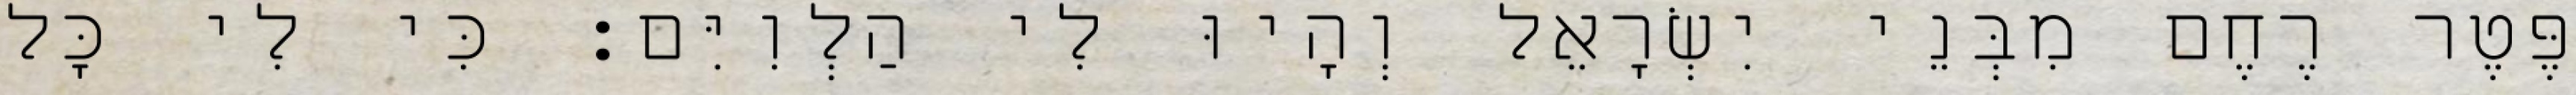
פֶּטֶר רֶחֶם מִבְּנֵי יִשְׂרָאֵל וְהָיוּ לִי הַלְוִיִּם׃ כִּי לִי כָּל